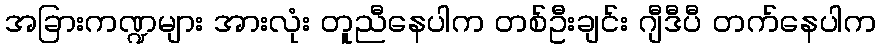
အခြားကဏ္ဍများ အားလုံး တူညီနေပါက တစ်ဦးချင်း ဂျီဒီပီ တက်နေပါက